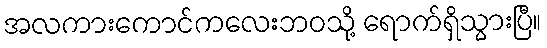
အလကားကောင်ကလေးဘဝသို့ ရောက်ရှိသွားပြီ။